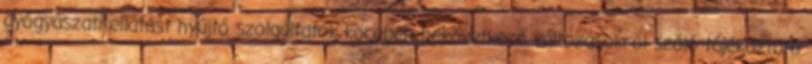
gyógyászati ellátást nyújtó szolgáltatók körében bekövetkező változásokról szóló tájékoztató